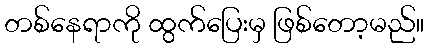
တစ်နေရာကို ထွက်ပြေးမှ ဖြစ်တော့မည်။